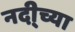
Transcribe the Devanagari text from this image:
नदी्च्या